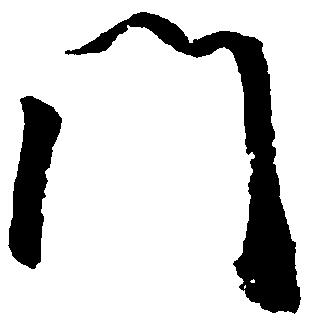
門